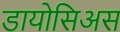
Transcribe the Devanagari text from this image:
डायोसिअस